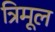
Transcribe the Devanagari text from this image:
त्रिमूल